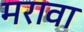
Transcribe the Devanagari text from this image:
मरावा